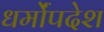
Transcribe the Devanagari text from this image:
धर्मोंपदेश